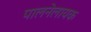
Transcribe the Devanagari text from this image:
पालनेलायक